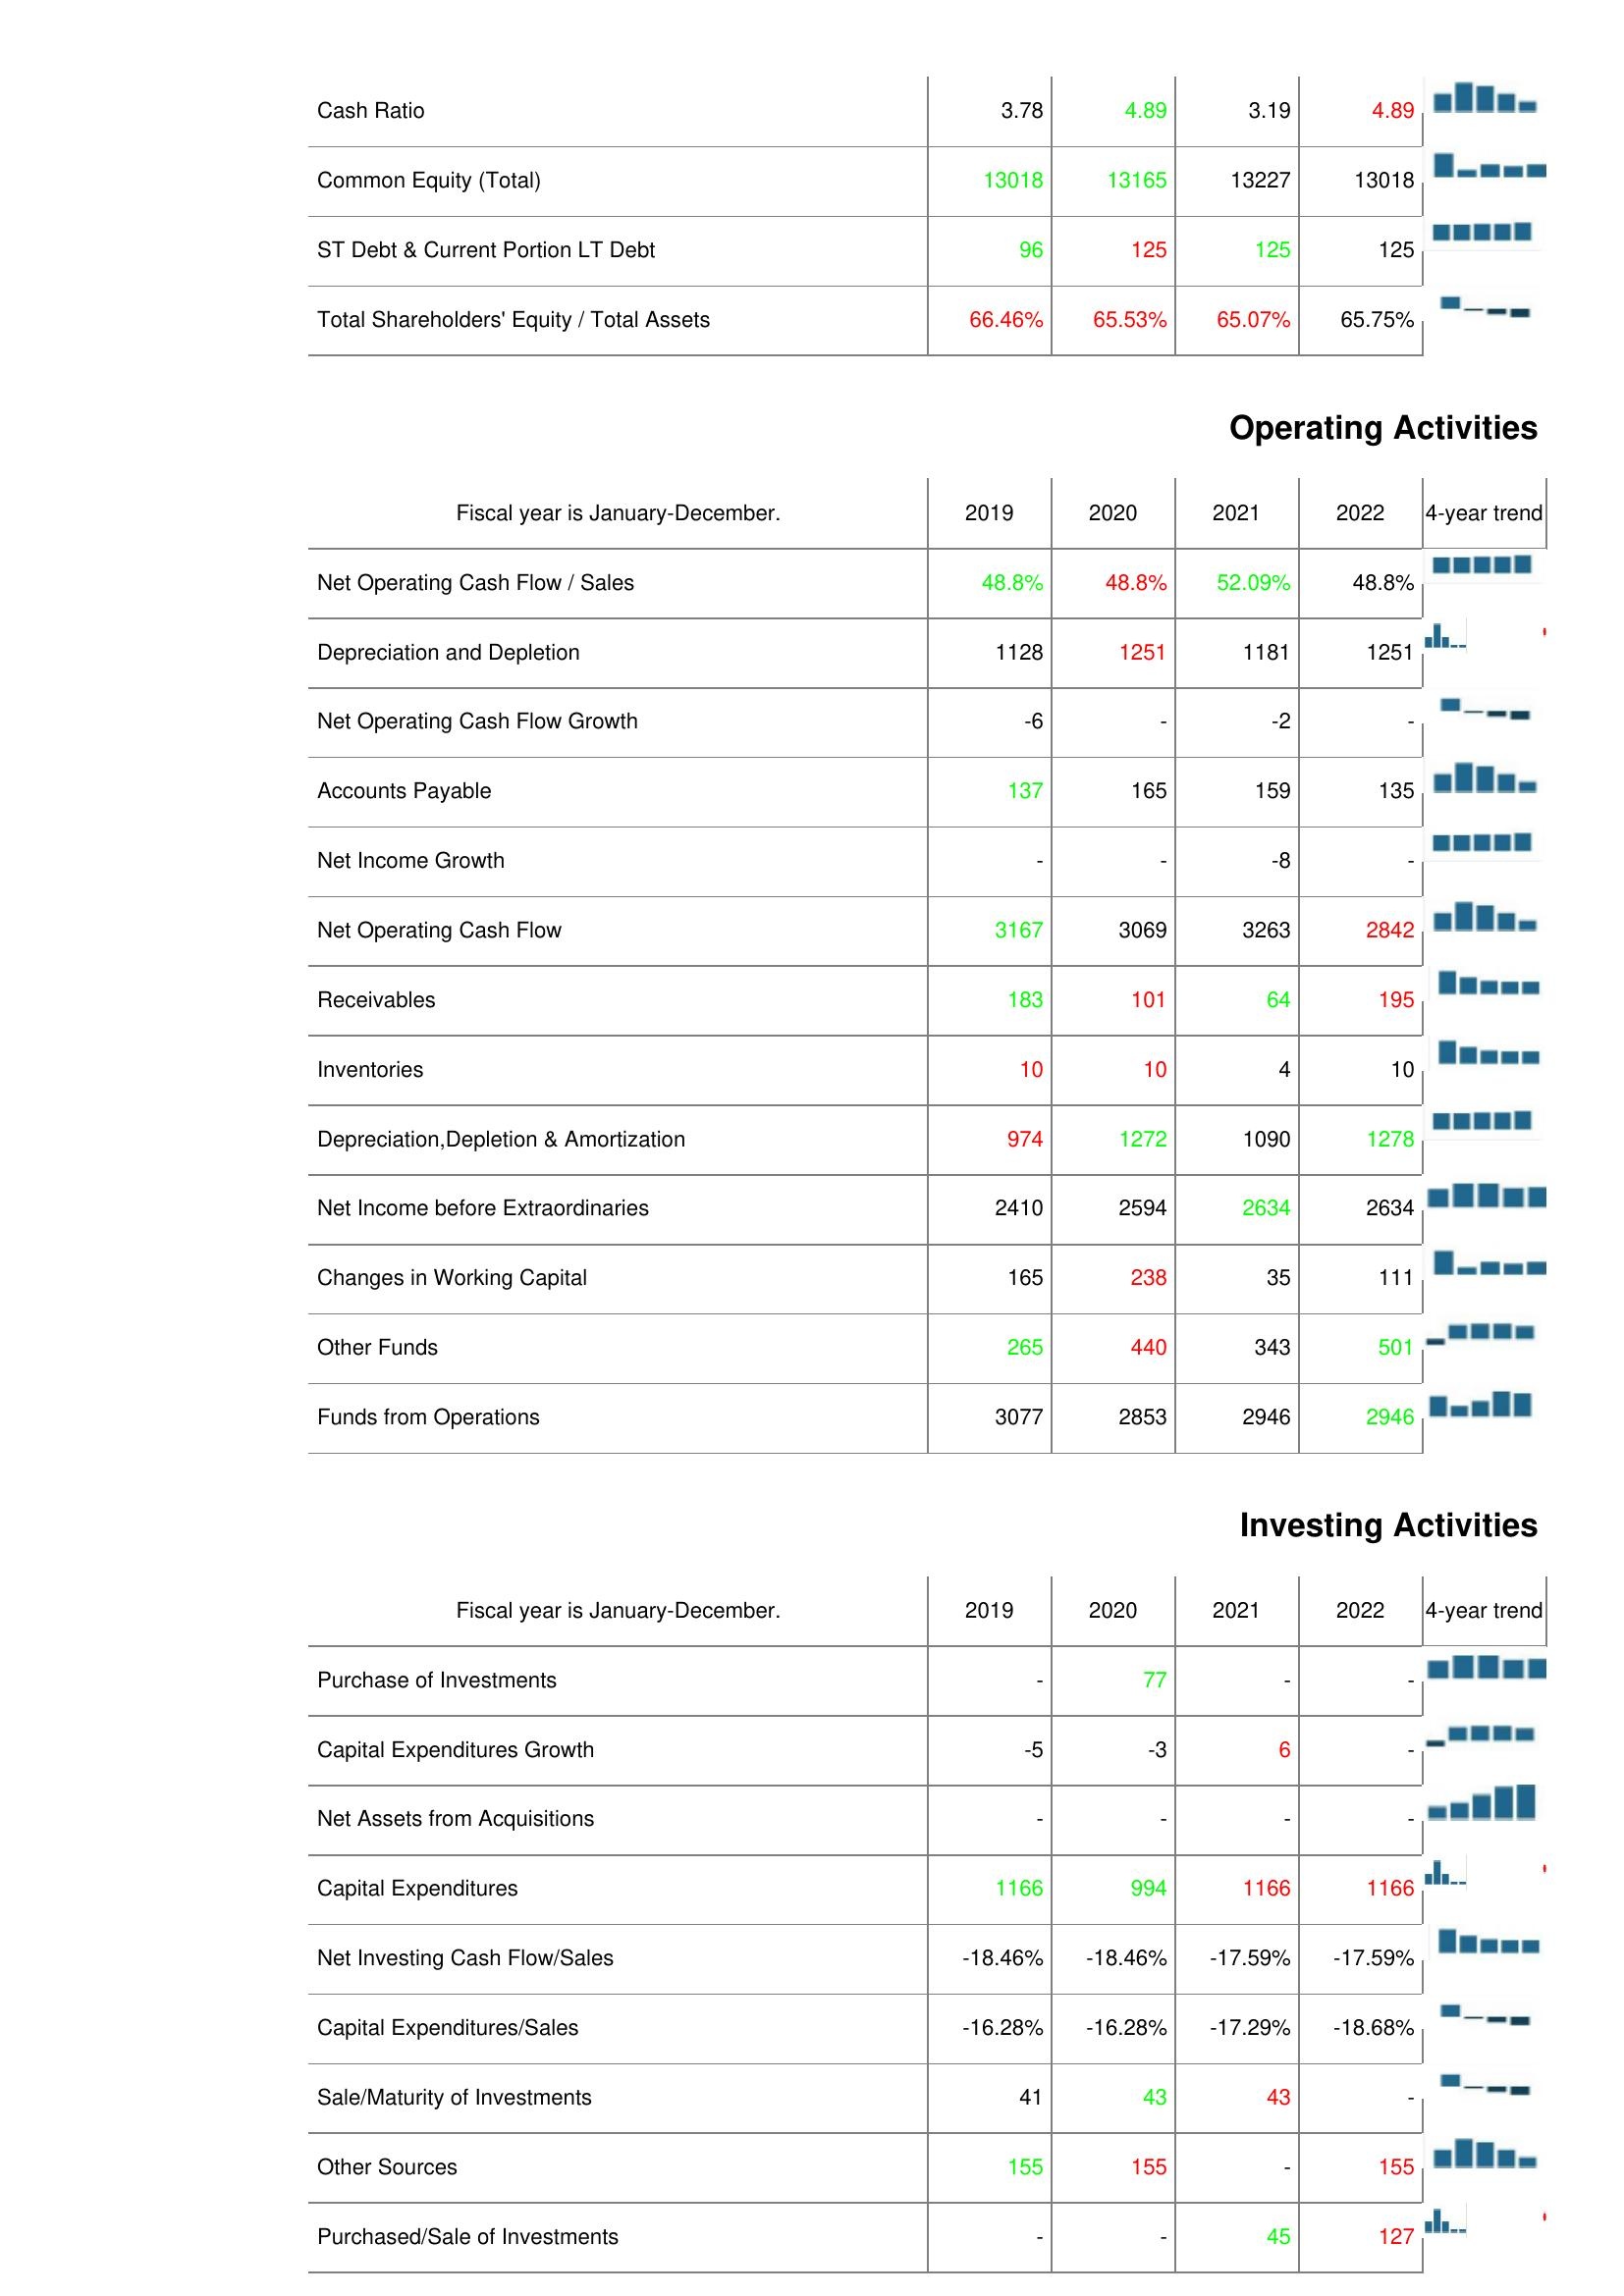
2019: Liabilities & Shareholder's Equity: Cash Ratio: 3.78
Common Equity (Total): 13018
ST Debt & Current Portion LT Debt: 96
Total Shareholders' Equity / Total Assets: 66.46%
Operating Activities: Net Operating Cash Flow / Sales: 48.8%
Depreciation and Depletion: 1128
Net Operating Cash Flow Growth: -6
Accounts Payable: 137
Net Income Growth: -
Net Operating Cash Flow: 3167
Receivables: 183
Inventories: 10
Depreciation,Depletion & Amortization: 974
Net Income before Extraordinaries: 2410
Changes in Working Capital: 165
Other Funds: 265
Funds from Operations: 3077
Investing Activities: Purchase of Investments: -
Capital Expenditures Growth: -5
Net Assets from Acquisitions: -
Capital Expenditures: 1166
Net Investing Cash Flow/Sales: -18.46%
Capital Expenditures/Sales: -16.28%
Sale/Maturity of Investments: 41
Other Sources: 155
Purchased/Sale of Investments: -
2020: Liabilities & Shareholder's Equity: Cash Ratio: 4.89
Common Equity (Total): 13165
ST Debt & Current Portion LT Debt: 125
Total Shareholders' Equity / Total Assets: 65.53%
Operating Activities: Net Operating Cash Flow / Sales: 48.8%
Depreciation and Depletion: 1251
Net Operating Cash Flow Growth: -
Accounts Payable: 165
Net Income Growth: -
Net Operating Cash Flow: 3069
Receivables: 101
Inventories: 10
Depreciation,Depletion & Amortization: 1272
Net Income before Extraordinaries: 2594
Changes in Working Capital: 238
Other Funds: 440
Funds from Operations: 2853
Investing Activities: Purchase of Investments: 77
Capital Expenditures Growth: -3
Net Assets from Acquisitions: -
Capital Expenditures: 994
Net Investing Cash Flow/Sales: -18.46%
Capital Expenditures/Sales: -16.28%
Sale/Maturity of Investments: 43
Other Sources: 155
Purchased/Sale of Investments: -
2021: Liabilities & Shareholder's Equity: Cash Ratio: 3.19
Common Equity (Total): 13227
ST Debt & Current Portion LT Debt: 125
Total Shareholders' Equity / Total Assets: 65.07%
Operating Activities: Net Operating Cash Flow / Sales: 52.09%
Depreciation and Depletion: 1181
Net Operating Cash Flow Growth: -2
Accounts Payable: 159
Net Income Growth: -8
Net Operating Cash Flow: 3263
Receivables: 64
Inventories: 4
Depreciation,Depletion & Amortization: 1090
Net Income before Extraordinaries: 2634
Changes in Working Capital: 35
Other Funds: 343
Funds from Operations: 2946
Investing Activities: Purchase of Investments: -
Capital Expenditures Growth: 6
Net Assets from Acquisitions: -
Capital Expenditures: 1166
Net Investing Cash Flow/Sales: -17.59%
Capital Expenditures/Sales: -17.29%
Sale/Maturity of Investments: 43
Other Sources: -
Purchased/Sale of Investments: 45
2022: Liabilities & Shareholder's Equity: Cash Ratio: 4.89
Common Equity (Total): 13018
ST Debt & Current Portion LT Debt: 125
Total Shareholders' Equity / Total Assets: 65.75%
Operating Activities: Net Operating Cash Flow / Sales: 48.8%
Depreciation and Depletion: 1251
Net Operating Cash Flow Growth: -
Accounts Payable: 135
Net Income Growth: -
Net Operating Cash Flow: 2842
Receivables: 195
Inventories: 10
Depreciation,Depletion & Amortization: 1278
Net Income before Extraordinaries: 2634
Changes in Working Capital: 111
Other Funds: 501
Funds from Operations: 2946
Investing Activities: Purchase of Investments: -
Capital Expenditures Growth: -
Net Assets from Acquisitions: -
Capital Expenditures: 1166
Net Investing Cash Flow/Sales: -17.59%
Capital Expenditures/Sales: -18.68%
Sale/Maturity of Investments: -
Other Sources: 155
Purchased/Sale of Investments: 127